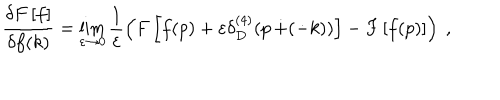
\frac { \delta F \left[ f \right] } { \delta f ( k ) } = \lim _ { \varepsilon \rightarrow 0 } \frac { 1 } { \varepsilon } \left( F \left[ f ( p ) + \varepsilon \delta _ { D } ^ { ( 4 ) } ( p \, \dot { + } ( \dot { - } k ) ) \right] - F \left[ f ( p ) \right] \right) ~ ,